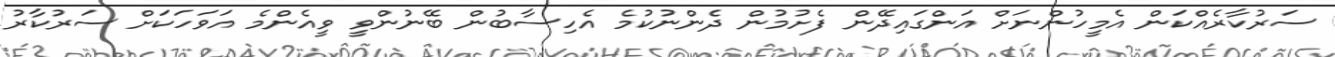
ސަރުކާރެއްކަން އެމީހުންނަށް އަންގައިދޭން ފެށުމުން ދެންނުކުމެ އެހިސާބުން ބޭނުންވީ ވީއެންމެ އަވަހަކަށް ސަރުކާރު